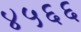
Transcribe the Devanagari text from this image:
४५६६